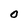
Character: O